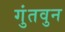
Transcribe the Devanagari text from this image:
गुंतवुन